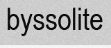
byssolite